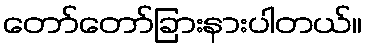
တော်တော်ခြားနားပါတယ်။